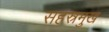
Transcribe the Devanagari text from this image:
सहस्रमुख